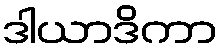
ဒါယာဒိကာ